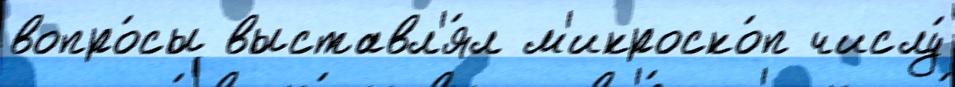
вопро́сы выставл'я́л м'икроско́п числу́